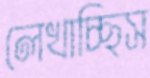
লেখাচ্ছিস